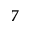
7